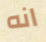
انه